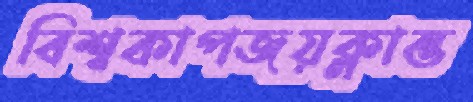
বিশ্বকাপজয়ক্লান্ত